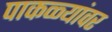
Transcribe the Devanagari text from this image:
पाकळ्यांवर